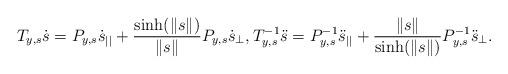
LaTeX: \begin{align*} T_{y, s}\dot{s} = P_{y, s}\dot{s}_{||} + \frac{\sinh(\|s\|)}{\|s\|} P_{y, s}\dot{s}_{\perp}, T_{y, s}^{-1}\ddot{s} = P_{y, s}^{-1}\ddot{s}_{||} + \frac{\|s\|}{\sinh(\|s\|)} P_{y, s}^{-1}\ddot{s}_{\perp}.\end{align*}